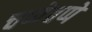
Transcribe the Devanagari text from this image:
चप्पेचप्पे